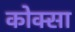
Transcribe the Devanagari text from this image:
कोक्सा